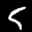
Label: 5